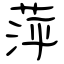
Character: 萍